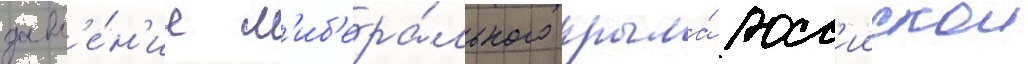
давл'е́н'ие л'иб'ера́льного крыла́ росс'иискои